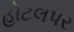
હોટલપર